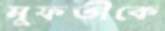
মুফতীকে